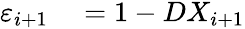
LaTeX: \begin{array}{rl}{\varepsilon_{i+1}}&{{}=1-DX_{i+1}}\end{array}